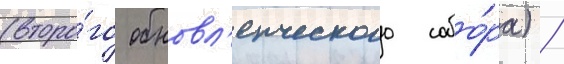
(второ́го обновл'енческого собо́ра) /